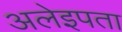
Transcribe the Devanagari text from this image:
अलेइपता